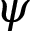
\psi